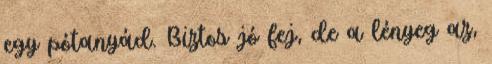
egy pótanyád. Biztos jó fej, de a lényeg az,